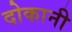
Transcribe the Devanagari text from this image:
दोकानी